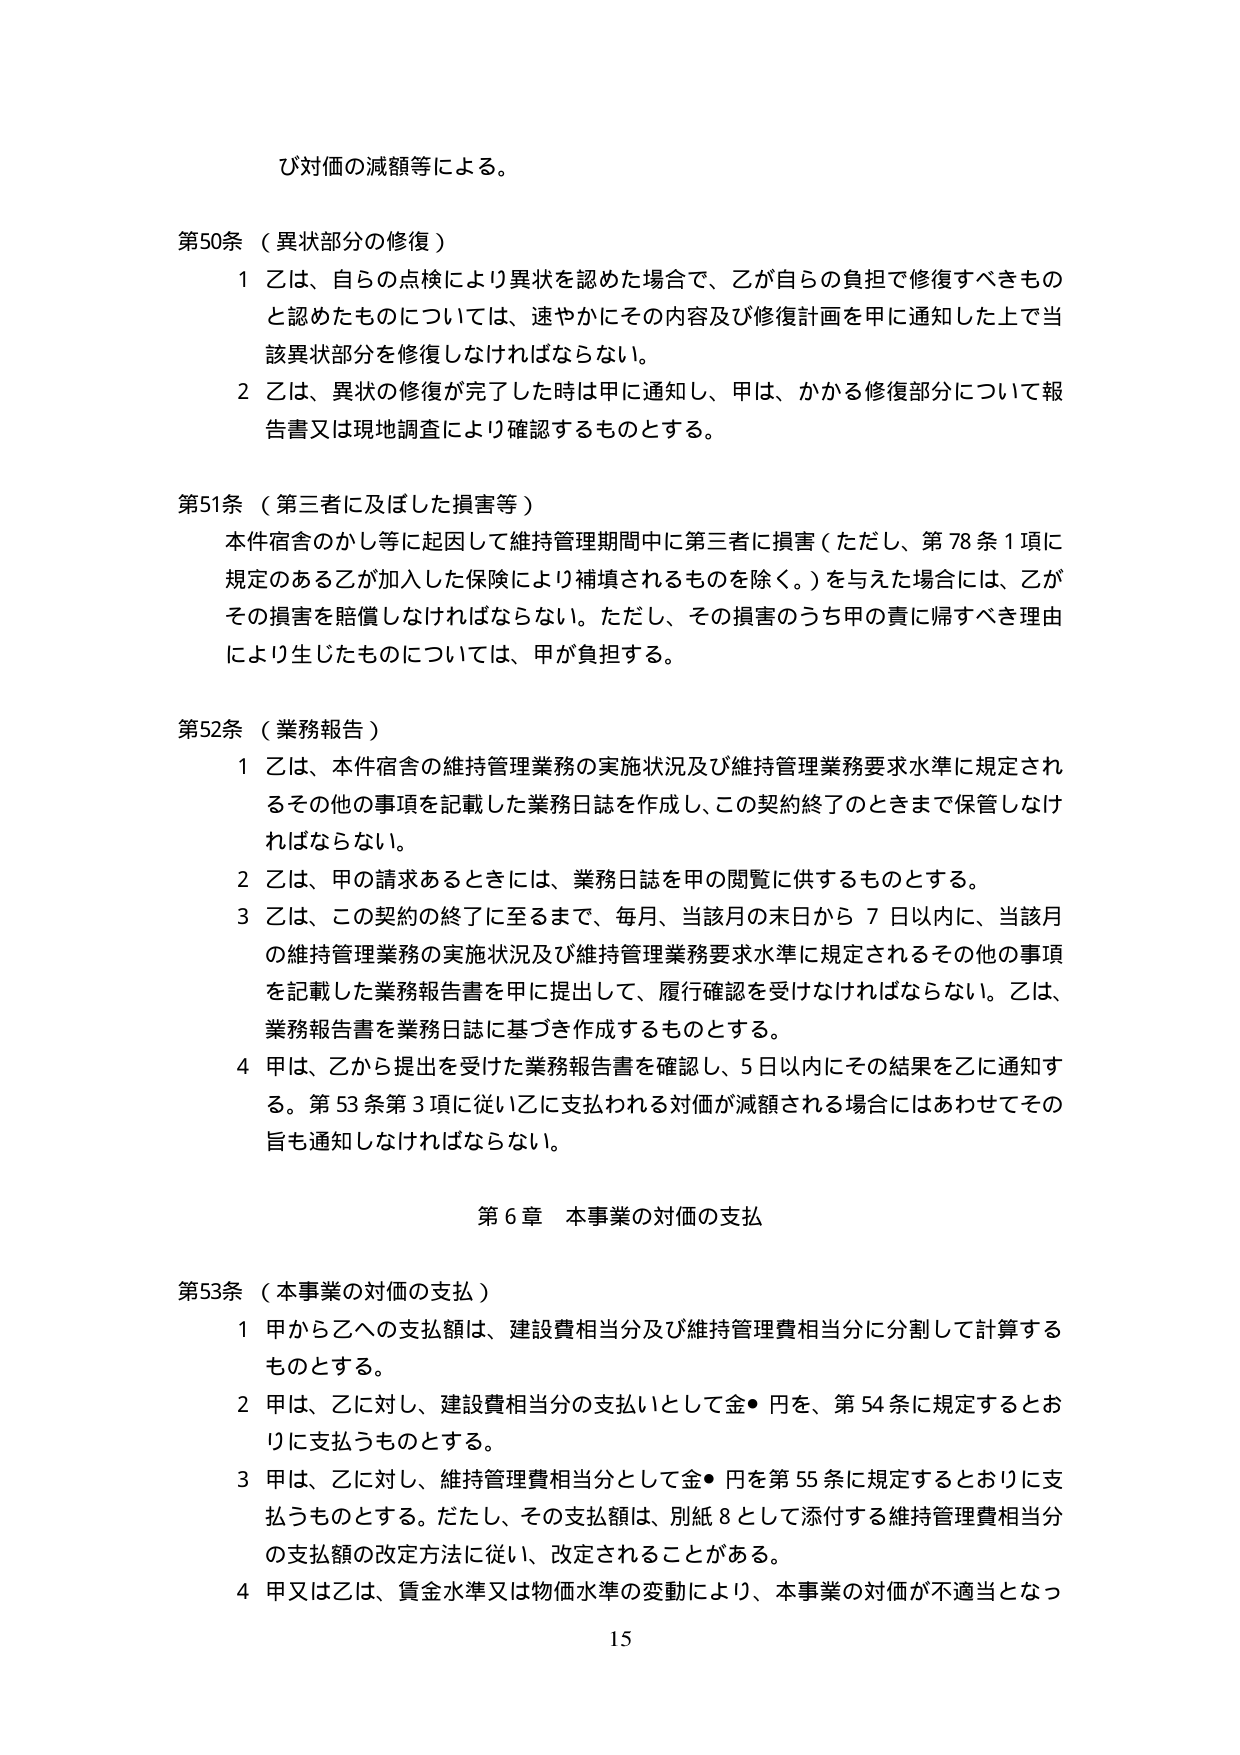
び対価の減額等による。

第50条（異状部分の修復）
1 乙は、自らの点検により異状を認めた場合で、乙が自らの負担で修復すべきものと認めたものについては、速やかにその内容及び修復計画を甲に通知した上で当該異状部分を修復しなければならない。
2 乙は、異状の修復が完了した時は甲に通知し、甲は、かかる修復部分について報告書又は現地調査により確認するものとする。

第51条（第三者に及ぼした損害等）
本件宿舎のかし等に起因して維持管理期間中に第三者に損害（ただし、第78条1項に規定のある乙が加入した保険により補填されるものを除く。）を与えた場合には、乙がその損害を賠償しなければならない。ただし、その損害のうち甲の責に帰すべき理由により生じたものについては、甲が負担する。

第52条（業務報告）
1 乙は、本件宿舎の維持管理業務の実施状況及び維持管理業務要求水準に規定されるその他の事項を記載した業務日誌を作成し、この契約終了のときまで保管しなければならない。
2 乙は、甲の請求あるときには、業務日誌を甲の閲覧に供するものとする。
3 乙は、この契約の終了に至るまで、毎月、当該月の末日から7日以内に、当該月の維持管理業務の実施状況及び維持管理業務要求水準に規定されるその他の事項を記載した業務報告書を甲に提出して、履行確認を受けなければならない。乙は、業務報告書を業務日誌に基づき作成するものとする。
4 甲は、乙から提出を受けた業務報告書を確認し、5日以内にその結果を乙に通知する。第53条第3項に従い乙に支払われる対価が減額される場合にはあわせてその旨も通知しなければならない。

第6章 本事業の対価の支払

第53条（本事業の対価の支払）
1 甲から乙への支払額は、建設費相当分及び維持管理費相当分に分割して計算するものとする。
2 甲は、乙に対し、建設費相当分の支払いとして金●円を、第54条に規定するとおりに支払うものとする。
3 甲は、乙に対し、維持管理費相当分として金●円を第55条に規定するとおりに支払うものとする。ただし、その支払額は、別紙8として添付する維持管理費相当分の支払額の改定方法に従い、改定されることがある。
4 甲又は乙は、賃金水準又は物価水準の変動により、本事業の対価が不適当となっ

15